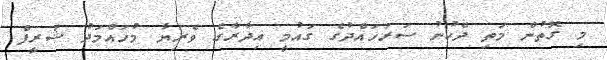
މި ގޮތުން މަތި ދެކުނު ސަރަހައްދުގެ ގައުމީ އިދާރާގެ ވެރިޔާ މުހައްމަދު ޝަރީފް